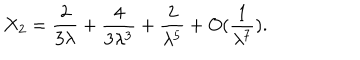
X _ { 2 } = { \frac { 2 } { 3 \lambda } } + { \frac { 4 } { 3 \lambda ^ { 3 } } } + { \frac { 2 } { \lambda ^ { 5 } } } + O ( { \frac { 1 } { \lambda ^ { 7 } } } ) .